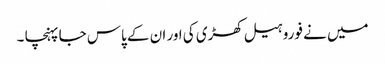
میں نے فوروہیل کھڑی کی اور ان کے پاس جا پہنچا ۔